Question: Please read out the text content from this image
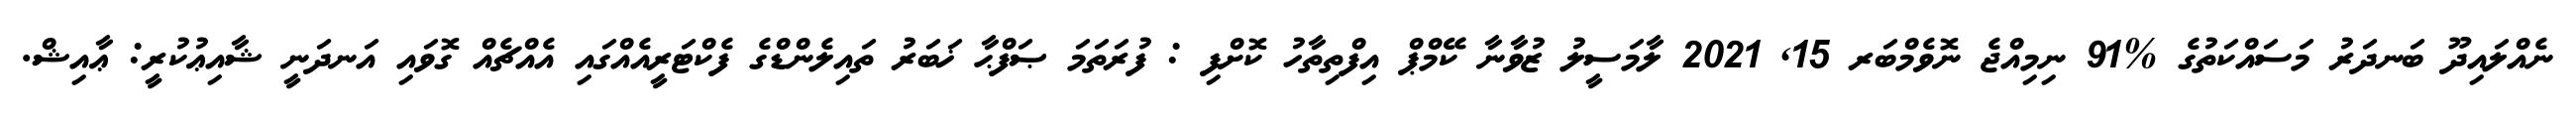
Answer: ނެއްލައިދޫ ބަނދަރު މަސައްކަތުގެ %91 ނިމިއްޖެ ނޮވެމްބަރ 15, 2021 ލާމަސީލު ޒުވާނާ ކޭމްޕް އިފްތިތާހު ކޮށްފި : ފުރަތަމަ ޞަފްޙާ ޚަބަރު ތައިލެންޑްގެ ފެކްޓަރީއެއްގައި އެއްޗެއް ގޮވައި އަނދަނީ ޝާއިޢުކުރީ: ޢާއިޝް.